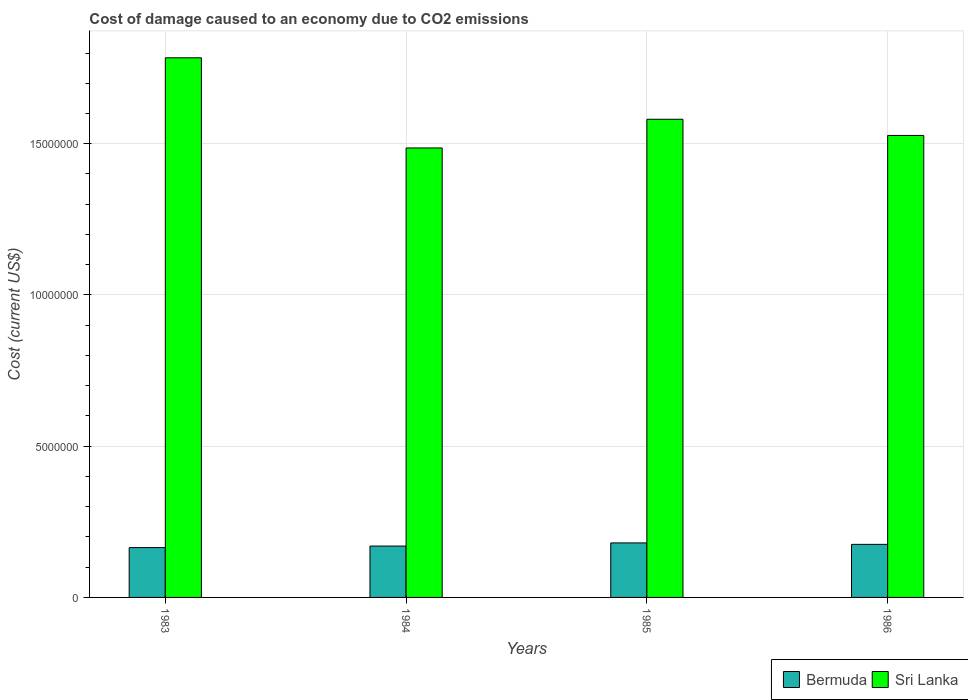
| Years | Bermuda | Sri Lanka |
 | --- | --- | --- |
 | 1983 | 1.65e+06 | 1.78e+07 |
 | 1984 | 1.7e+06 | 1.49e+07 |
 | 1985 | 1.8e+06 | 1.58e+07 |
 | 1986 | 1.75e+06 | 1.53e+07 |